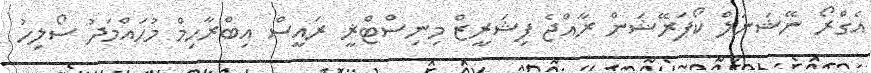
އެގްރޯ ނޭޝަނަލް ކޯޕަރޭޝަން ރާއްޖެ ފިޝަރީޒް މިނިސްޓްޜީ ރައީސް އިބްރާހިމް މުހައްމަދު ސޯލިހު